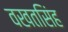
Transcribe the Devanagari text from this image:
वखतसिंह